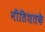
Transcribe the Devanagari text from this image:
नीतिशतके